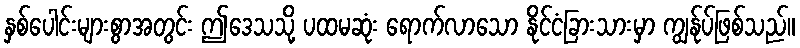
နှစ်ပေါင်းများစွာအတွင်း ဤဒေသသို့ ပထမဆုံး ရောက်လာသော နိုင်ငံခြားသားမှာ ကျွန်ုပ်ဖြစ်သည်။